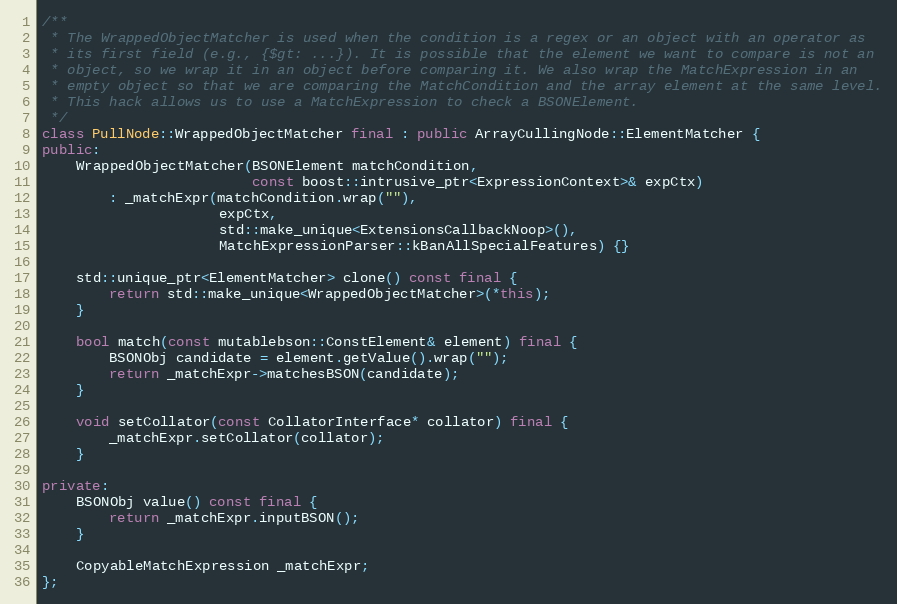
Language: C++
/**
 * The WrappedObjectMatcher is used when the condition is a regex or an object with an operator as
 * its first field (e.g., {$gt: ...}). It is possible that the element we want to compare is not an
 * object, so we wrap it in an object before comparing it. We also wrap the MatchExpression in an
 * empty object so that we are comparing the MatchCondition and the array element at the same level.
 * This hack allows us to use a MatchExpression to check a BSONElement.
 */
class PullNode::WrappedObjectMatcher final : public ArrayCullingNode::ElementMatcher {
public:
    WrappedObjectMatcher(BSONElement matchCondition,
                         const boost::intrusive_ptr<ExpressionContext>& expCtx)
        : _matchExpr(matchCondition.wrap(""),
                     expCtx,
                     std::make_unique<ExtensionsCallbackNoop>(),
                     MatchExpressionParser::kBanAllSpecialFeatures) {}

    std::unique_ptr<ElementMatcher> clone() const final {
        return std::make_unique<WrappedObjectMatcher>(*this);
    }

    bool match(const mutablebson::ConstElement& element) final {
        BSONObj candidate = element.getValue().wrap("");
        return _matchExpr->matchesBSON(candidate);
    }

    void setCollator(const CollatorInterface* collator) final {
        _matchExpr.setCollator(collator);
    }

private:
    BSONObj value() const final {
        return _matchExpr.inputBSON();
    }

    CopyableMatchExpression _matchExpr;
};